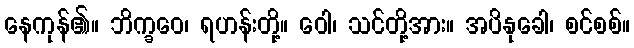
နေကုန်၏။ ဘိက္ခဝေ၊ ရဟန်းတို့။ ဝေါ၊ သင်တို့အား။ အပိနုခေါ၊ စင်စစ်။